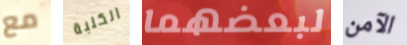
مع الكلبة لبعضهما الآمن